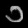
Digit: ၁